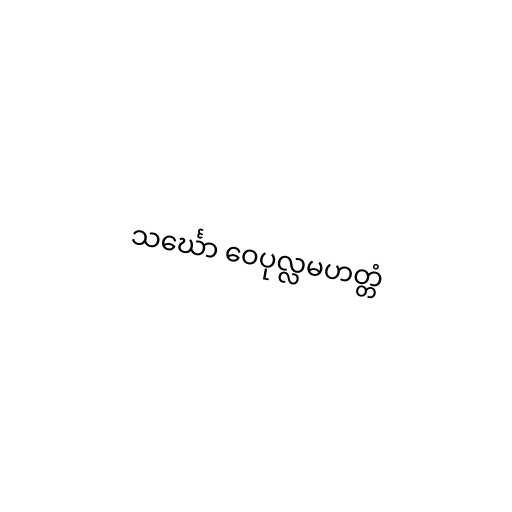
သင်္ဃော ဝေပုလ္လမဟတ္တံ